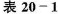
表20-1